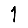
Digit: 1